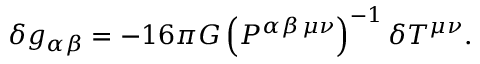
\delta g _ { \alpha \beta } = - 1 6 \pi G \left( P ^ { \alpha \beta \, \mu \nu } \right) ^ { - 1 } \delta T ^ { \mu \nu } .